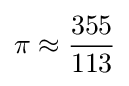
\pi \approx {355 \over 113}